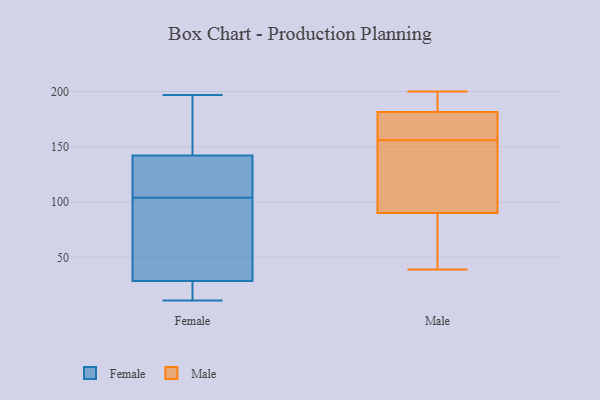
{"axis": {"x": "Shipments", "y": "Value"}, "legend": ["Female", "Male"], "data": [{"x": "", "y": 33, "type": "Female"}, {"x": "", "y": 27, "type": "Female"}, {"x": "", "y": 140, "type": "Female"}, {"x": "", "y": 21, "type": "Female"}, {"x": "", "y": 196, "type": "Female"}, {"x": "", "y": 122, "type": "Female"}, {"x": "", "y": 77, "type": "Female"}, {"x": "", "y": 144, "type": "Female"}, {"x": "", "y": 26, "type": "Female"}, {"x": "", "y": 137, "type": "Female"}, {"x": "", "y": 143, "type": "Female"}, {"x": "", "y": 197, "type": "Female"}, {"x": "", "y": 37, "type": "Female"}, {"x": "", "y": 169, "type": "Female"}, {"x": "", "y": 104, "type": "Female"}, {"x": "", "y": 44, "type": "Female"}, {"x": "", "y": 14, "type": "Female"}, {"x": "", "y": 11, "type": "Female"}, {"x": "", "y": 124, "type": "Female"}, {"x": "", "y": 139, "type": "Male"}, {"x": "", "y": 162, "type": "Male"}, {"x": "", "y": 174, "type": "Male"}, {"x": "", "y": 106, "type": "Male"}, {"x": "", "y": 200, "type": "Male"}, {"x": "", "y": 182, "type": "Male"}, {"x": "", "y": 74, "type": "Male"}, {"x": "", "y": 181, "type": "Male"}, {"x": "", "y": 55, "type": "Male"}, {"x": "", "y": 178, "type": "Male"}, {"x": "", "y": 188, "type": "Male"}, {"x": "", "y": 118, "type": "Male"}, {"x": "", "y": 150, "type": "Male"}, {"x": "", "y": 187, "type": "Male"}, {"x": "", "y": 39, "type": "Male"}, {"x": "", "y": 48, "type": "Male"}]}